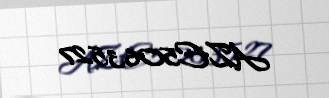
AZE5063527